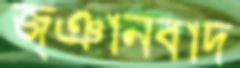
জ্ঞানবাদ